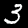
Digit: 3